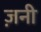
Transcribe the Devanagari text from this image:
ज़नी